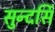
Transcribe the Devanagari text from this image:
सुन्दर्सि